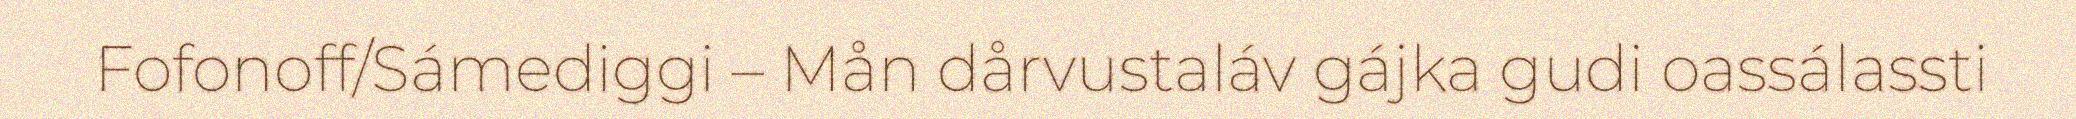
Fofonoff/Sámediggi – Mån dårvustaláv gájka gudi oassálassti